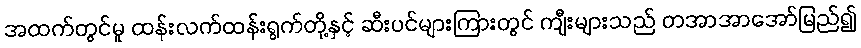
အထက်တွင်မူ ထန်းလက်ထန်းရွက်တို့နှင့် ဆီးပင်များကြားတွင် ကျီးများသည် တအာအာအော်မြည်၍